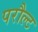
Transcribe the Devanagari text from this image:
परौल्ट